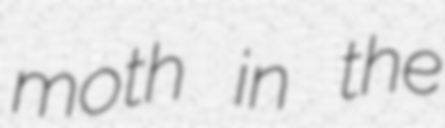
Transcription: moth in the